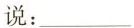
说:___